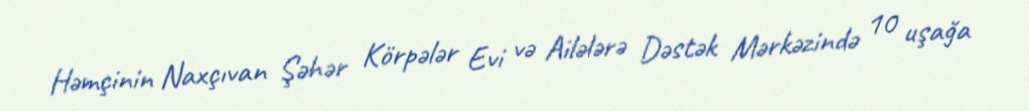
Həmçinin Naxçıvan Şəhər Körpələr Evi və Ailələrə Dəstək Mərkəzində 10 uşağa